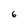
Character: 6